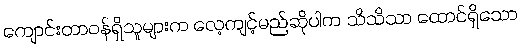
ကျောင်းတာဝန်ရှိသူများက လေ့ကျင့်မည်ဆိုပါက သိသိသာ ထောင်ရှိသော